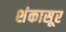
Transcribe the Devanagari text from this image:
शंकासूर